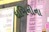
દામિનીના